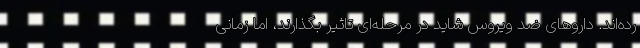
رده‌اند. داروهای ضد ویروس شاید در مرحله‌ای تاثیر بگذارند، اما زمانی